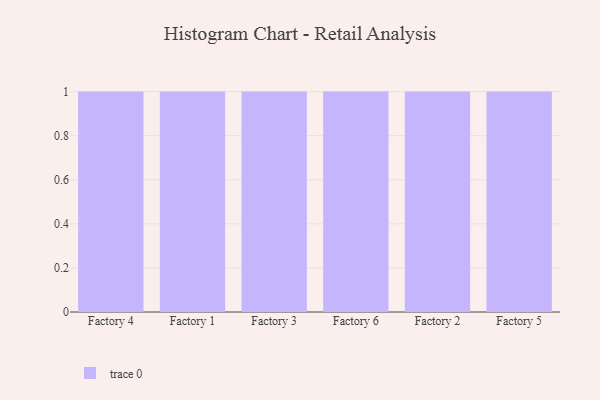
{"axis": {"x": "Factory", "y": "Shipments"}, "legend": [""], "data": [{"x": "Factory 4", "y": 45, "type": ""}, {"x": "Factory 1", "y": 78, "type": ""}, {"x": "Factory 3", "y": 59, "type": ""}, {"x": "Factory 6", "y": 89, "type": ""}, {"x": "Factory 2", "y": 84, "type": ""}, {"x": "Factory 5", "y": 99, "type": ""}]}